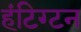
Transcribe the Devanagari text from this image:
हंटिग्टन